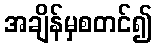
အချိန်မှစတင်၍